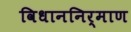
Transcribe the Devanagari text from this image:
विधाननिर्माण